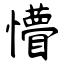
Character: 懵